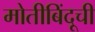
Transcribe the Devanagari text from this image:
मोतीबिंदूची